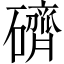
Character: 𥖭